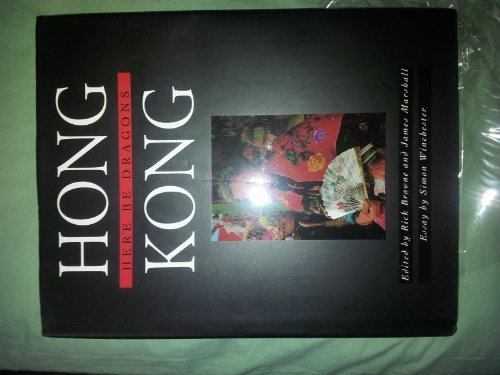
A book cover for Hong Kong: Here Be Dragons; Rick Browne; History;